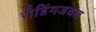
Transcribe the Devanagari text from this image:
रीडिंगजवळ